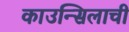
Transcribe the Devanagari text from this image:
काउन्सिलाची